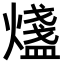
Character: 𤐒